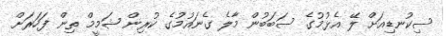
ސިކުނޑިއަށް ލޭ އެޅުމުގެ ސަބަބުން މާލެ ގެނައުމުގެ ކުރިން ޝަމީމް ތިން ފަހަރަށް